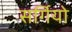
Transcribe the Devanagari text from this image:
सर्गियो